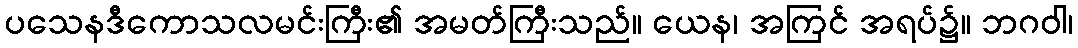
ပသေနဒီကောသလမင်းကြီး၏ အမတ်ကြီးသည်။ ယေန၊ အကြင် အရပ်၌။ ဘဂဝါ၊